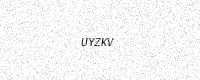
Text: UYZKV